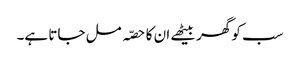
سب کو گھر بیٹھے ان کا حصّہ مل جاتا ہے۔